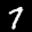
Label: 7